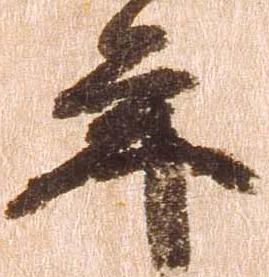
年